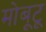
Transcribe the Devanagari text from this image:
मोबूटू